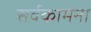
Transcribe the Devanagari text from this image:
सर्वकामना